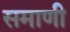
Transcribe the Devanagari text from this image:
समाणी